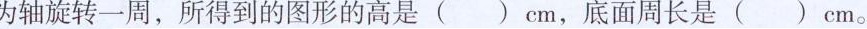
为轴旋转一周，所得到的图形的高是()cm，底面周长是()cm。